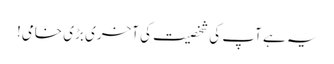
یہ ہے آپ کی شخصیت کی آخری بڑی خامی!